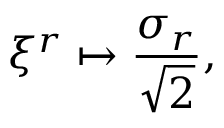
\xi ^ { r } \mapsto \frac { \sigma _ { r } } { \sqrt { 2 } } ,